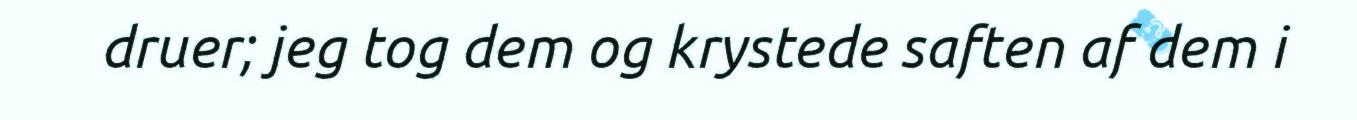
druer; jeg tog dem og krystede saften af dem i